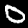
Digit: 0